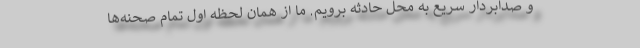
و صدابردار سریع به محل حادثه برویم. ما از همان لحظه اول تمام صحنه‌ها